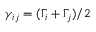
\gamma _ { i j } = ( \Gamma _ { i } + \Gamma _ { j } ) / 2